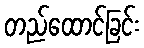
တည်ထောင်ခြင်း